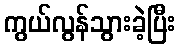
ကွယ်လွန်သွားခဲ့ပြီး